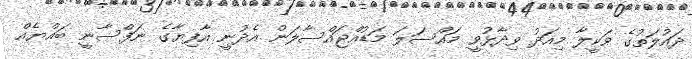
ދައުލަތުގެ ވަކީލާ މިއަދު ވިދާޅުވީ މައްސަލަ މަޑުއްޖައްސާލަން އެދުނީ އާފިޔާގެ ނަފްސާނީ ބައްޔެއް